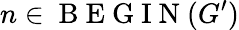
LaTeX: n\in\mathrm{~B~E~G~I~N~}(G^{\prime})